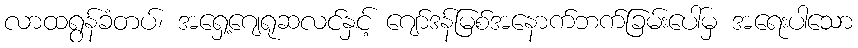
လာထရွန်ခံတပ်၊ အရှေ့ဂျေရုဆလင်နှင့် ဂျော်ဒန်မြစ်အနောက်ဘက်ခြမ်းပေါ်မှ အရေးပါသော